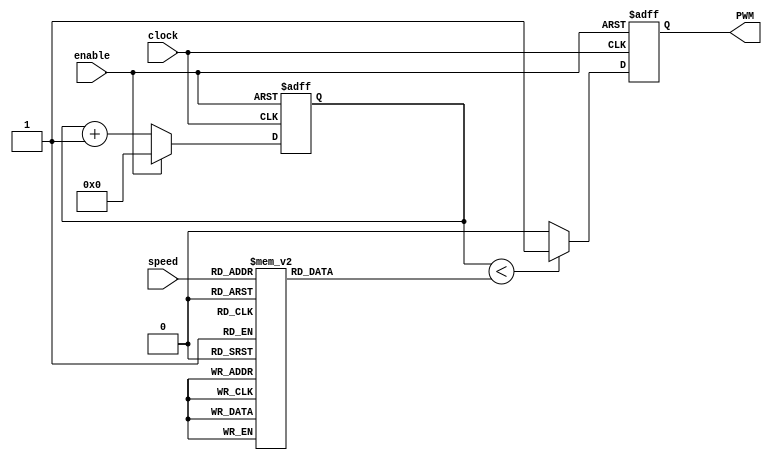
module ancho(
  input   clock,
    input   [2:0] speed,
    input   enable,    
    output  PWM
    );
    reg [4:0] counter;
    reg [4:0] width;
    reg temp_PWM;

    always @ (posedge clock or posedge enable) begin
        if (enable) begin
            counter <= 0;
            temp_PWM <= 0;
        end 
        else
         begin
            if (enable)
                counter <= 0;
            else
                counter <= counter + 1;
            
            if (counter < width)
                temp_PWM <= 1;
            else
                temp_PWM <= 0;
        end
    end

    always @ (*) begin
        case (speed)
            3'd0 : width = 5'd0;
            3'd1 : width = 5'd4; // 25% duty case
            3'd2 : width = 5'd8; // 50% de ciclo de util
            3'd3 : width = 5'd12; // 75% de ciclo util
            3'd4 : width = 5'd16; // 75% de ciclo util
            3'd5 : width = 5'd20;
            3'd6 : width = 5'd24;
            3'd7 : width = 5'd28;
            3'd8 : width = 5'd32;
            default : width = 5'd0;
        endcase
    end

    assign PWM = temp_PWM;
endmodule